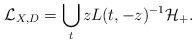
LaTeX: \begin{align*} \mathcal L_{X,D}=\bigcup_{t}zL(t,-z)^{-1}\mathcal H_+. \end{align*}